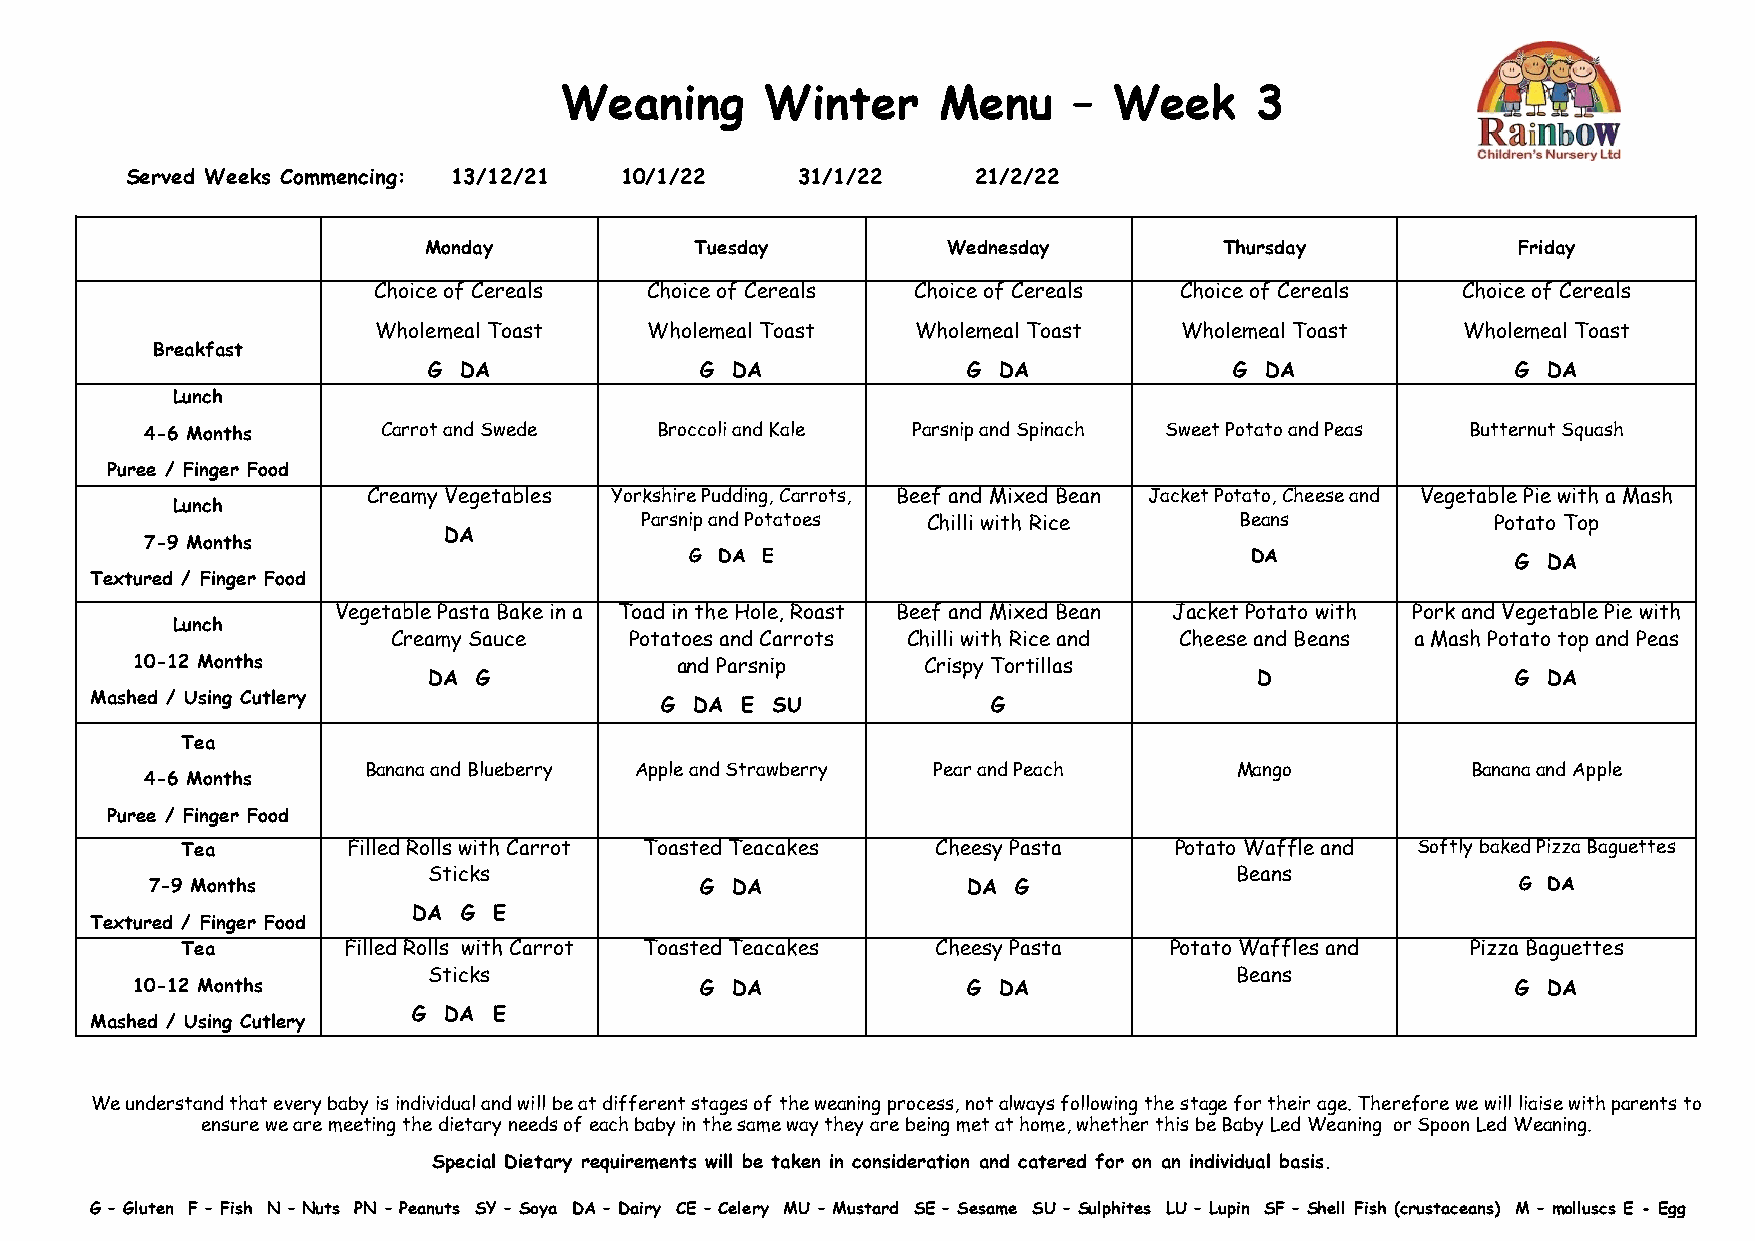
Weaning       Winter     Menu     –  Week     3
 Served Weeks Commencing: 13/12/21 10/1/22    31/1/22     21/2/22
 Monday            Tuesday          Wednesday         Thursday           Friday
 Choice of Cereals Choice of Cereals Choice of Cereals Choice of Cereals Choice of Cereals
 Wholemeal Toast   Wholemeal Toast   Wholemeal Toast  Wholemeal Toast    Wholemeal Toast
 Breakfast
 G DA              G DA              G DA              G DA              G DA
 Lunch
 4-6 Months     Carrot and Swede  Broccoli and Kale Parsnip and Spinach Sweet Potato and Peas Butternut Squash
 Puree / Finger Food
 Creamy Vegetables Yorkshire Pudding, Carrots, Beef and Mixed Bean Jacket Potato, Cheese and Vegetable Pie with a Mash
 Lunch
 Parsnip and Potatoes Chilli with Rice   Beans            Potato Top
 DA
 7-9 Months
 G DA E                               DA               G DA
 Textured / Finger Food
 Vegetable Pasta Bake in a Toad in the Hole, Roast Beef and Mixed Bean Jacket Potato with Pork and Vegetable Pie with
 Lunch
 Creamy Sauce    Potatoes and Carrots Chilli with Rice and Cheese and Beans a Mash Potato top and Peas
 10-12 Months                        and Parsnip     Crispy Tortillas
 DA  G                                                  D                G DA
 Mashed / Using Cutlery
 G DA E SU             G
 Tea
 Banana and Blueberry Apple and Strawberry Pear and Peach  Mango          Banana and Apple
 4-6 Months
 Puree / Finger Food
 Tea        Filled Rolls with Carrot Toasted Teacakes Cheesy Pasta Potato Waffle and Softly baked Pizza Baguettes
 Sticks                                                Beans
 7-9 Months                          G DA              DA G                                G DA
 DA G  E
 Textured / Finger Food
 Tea        Filled Rolls with Carrot Toasted Teacakes Cheesy Pasta Potato Waffles and Pizza Baguettes
 Sticks                                                Beans
 10-12 Months                         G DA              G DA                                G DA
 G DA  E
 Mashed / Using Cutlery
 We understand that every baby is individual and will be at different stages of the weaning process, not always following the stage for their age. Therefore we will liaise with parents to
 ensure we are meeting the dietary needs of each baby in the same way they are being met at home, whether this be Baby Led Weaning or Spoon Led Weaning.
 Special Dietary requirements will be taken in consideration and catered for on an individual basis.
 G – Gluten F – Fish N – Nuts PN – Peanuts SY – Soya DA – Dairy CE – Celery MU – Mustard SE – Sesame SU – Sulphites LU – Lupin SF – Shell Fish (crustaceans) M – molluscs E - Egg